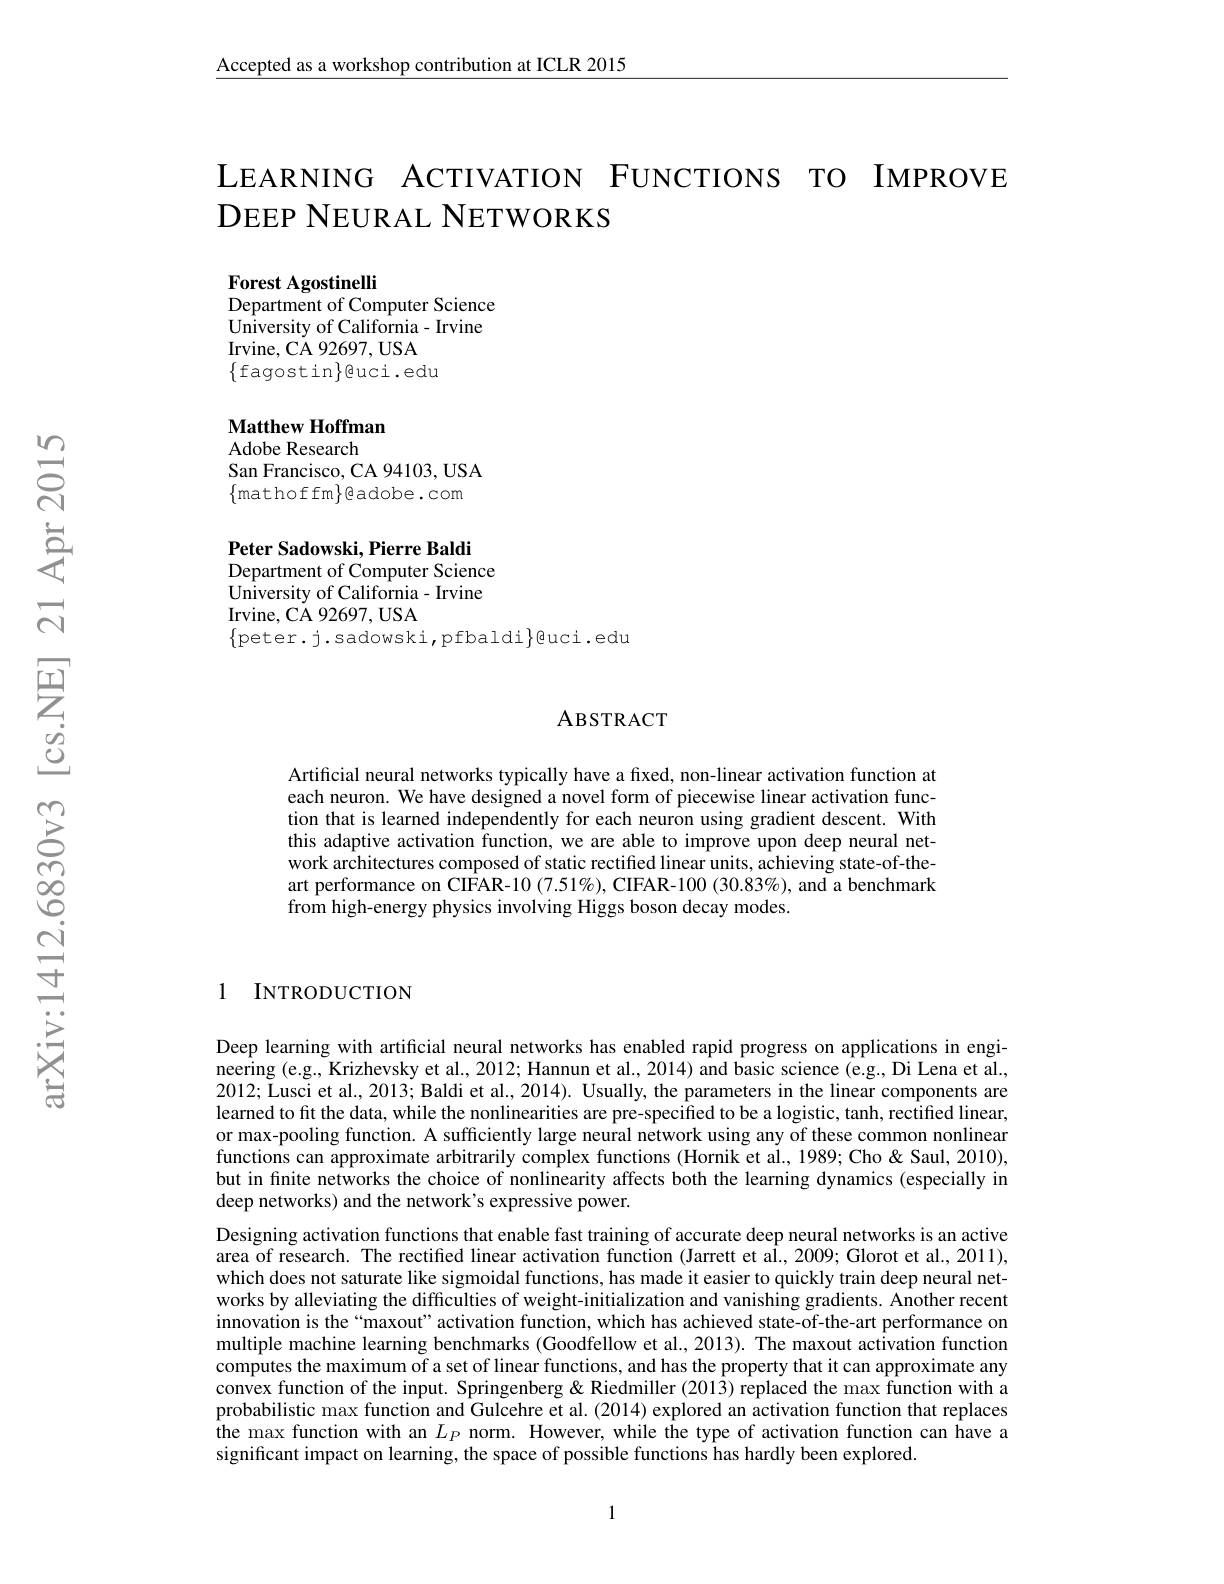
Accepted as a workshop contribution at ICLR 2015

LEARNING ACTIVATION FUNCTIONS TO IMPROVE
DEEP NEURAL NETWORKS

Forest Agostinelli
Department of Computer Science University of California- Irvine Irvine, CA 92697, USA $\{$fagostin$\}$@uci.edu

Matthew Hoffman
Adobe Research
San Francisco, CA 94103, USA $\{$mathoffm$\}$eadobe.com Peter Sadowski, Pierre Baldi Department of Computer Science University of California- Irvine Irvine, CA 92697, USA
$\{$peter.j.sadowski,pfbaldi$\}$@uci.edu

### ABSTRACT

Artificial neural networks typically have a fixed, non-linear activation function at each neuron. We have designed a novel form of piecewise linear activation function that is learned independently for each neuron using gradient descent. With this adaptive activation function, we are able to improve upon deep neural network architectures composed of static rectified linear units, achieving state-of-theart performance on CIFAR-10 (7.51%), CIFAR-100 (30.83%), and a benchmark from high-energy physics involving Higgs boson decay modes.

1 INTRODUCTION

Deep learning with artificial neural networks has enabled rapid progress on applications in engi- $\hat{\text{neering (e.g., Krizhevsky et al., 2012; Hannun et al., 2014) and basic science (e.g., Di Lena et al.,}}$ 2012; Lusci et al., 2013; Baldi et al., 2014). Usually, the parameters in the linear components are learned to fit the data, while the nonlinearities are pre-specified to be a logistic, tanh, rectified linear, or max-pooling function. A sufficiently large neural network using any of these common nonlinear functions can approximate arbitrarily complex functions (Hornik et al., 1989; Cho & Saul, 2010), but in finite networks the choice of nonlinearity affects both the learning dynamics (especially in deep networks) and the network's expressive power.
Designing activation functions that enable fast training of accurate deep neural networks is an active area of research. The rectifed linear activation function (Jarrett et al., 2009; Glorot et al., 2011), which does not saturate like sigmoidal functions, has made it easier to quickly train deep neural networks by alleviating the difficulties of weight-initialization and vanishing gradients. Another recent innovation is the“maxout”activation function, which has achieved state-of-the-art performance on multiple machine learning benchmarks (Goodfellow et al., 2013). The maxout activation function computes the maximum of a set of linear functions, and has the property that it can approximate any convex function of the input. Springenberg & Riedmiller (2013) replaced the max function with a probabilistic max function and Gulcehre et al. (2014) explored an activation function that replaces the max function with an $L_P$ norm. However, while the type of activation function can have a significant impact on learning, the space of possible functions has hardly been explored.

1